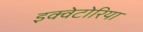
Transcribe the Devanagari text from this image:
इक्वेटोरिया